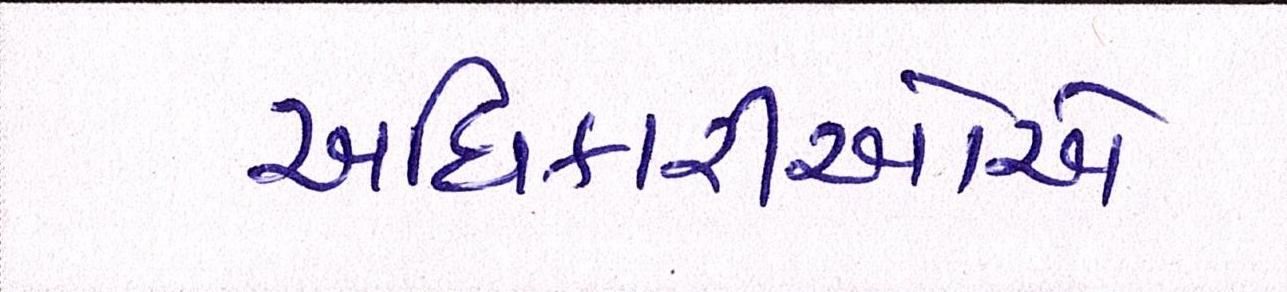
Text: અધિકારીઓએ